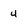
Character: 4